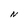
Character: N